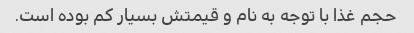
حجم غذا با توجه به نام و قیمتش بسیار کم بوده است.